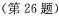
(第26题)